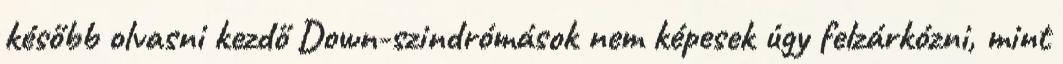
később olvasni kezdő Down-szindrómások nem képesek úgy felzárkózni, mint